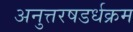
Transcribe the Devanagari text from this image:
अनुत्तरषडर्धक्रम